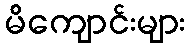
မိကျောင်းများ